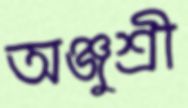
অঞ্জুশ্রী